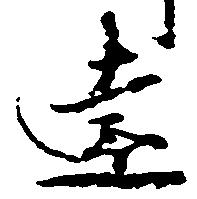
遠